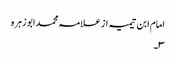
امام ابن تیمیہ از علامہ محمد ابو زہرہ
٣۔